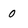
Character: 0